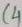
Text: C4